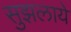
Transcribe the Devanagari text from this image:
सुझलाये